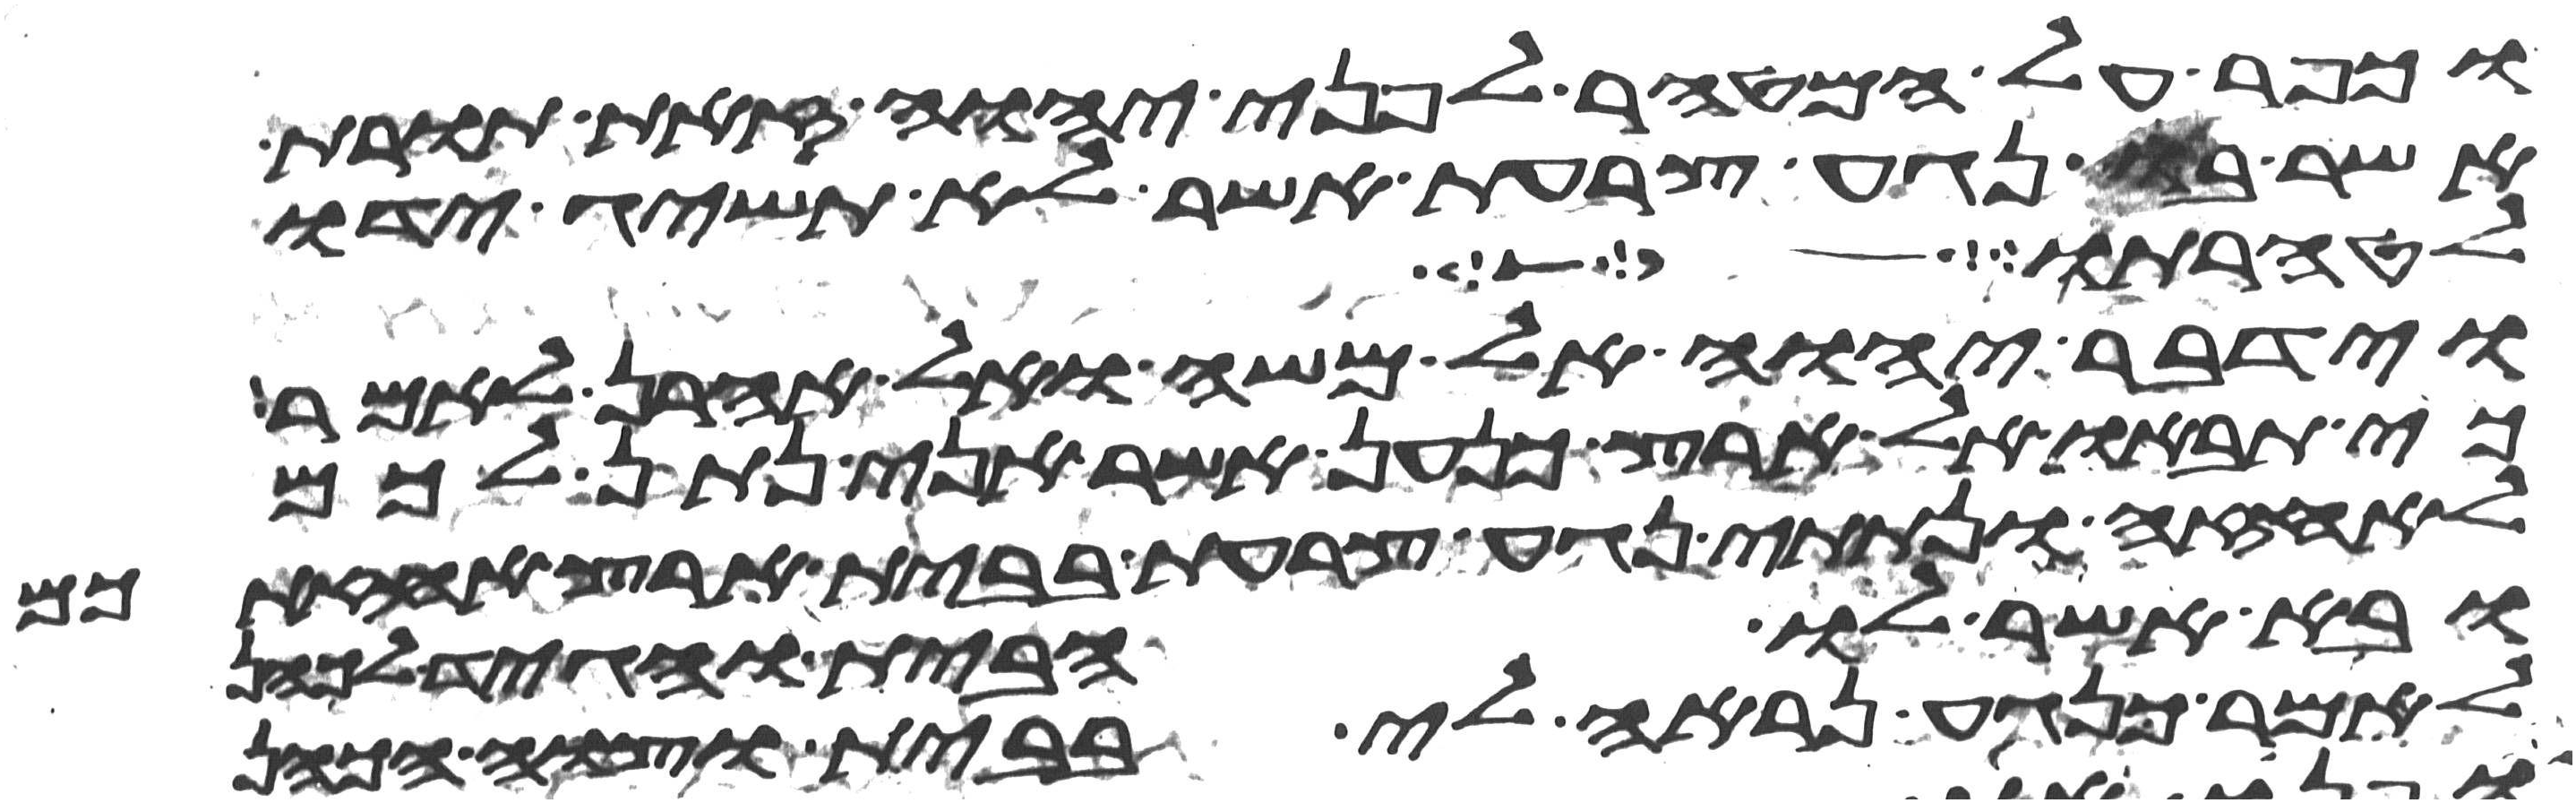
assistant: וכפר על המטהר לפני יהוה זאת תורת
אשר בו נגע צרעת אשר לא תשיג ידו
לטהרתו
וידבר יהוה אל משה ואל אהרן לאמר
כי תבאו אל ארץ כנען אשר אני נתן לכם
לאחזה ונתתי נגע צרעת בבית ארץ אחזתכם
ובא אשר לו הבית והגיד לכהן
לאמר כנגע נראה לי בבית וצוה הכהן